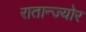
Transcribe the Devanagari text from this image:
रातान्ज्योर